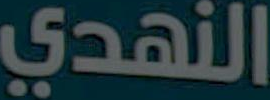
النهدي